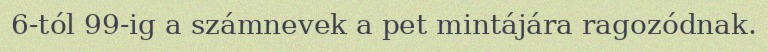
6-tól 99-ig a számnevek a pet mintájára ragozódnak.